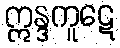
ဣန္ဒကူဋေ